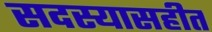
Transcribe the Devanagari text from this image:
सदस्यासहीत